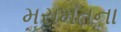
મરામતના